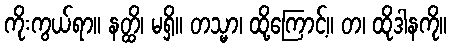
ကိုးကွယ်ရာ။ နတ္ထိ၊ မရှိ။ တသ္မာ၊ ထို့ကြောင့်။ တ၊ ထိုဒါနကို။